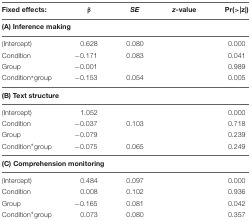
<table><thead><tr><td><b>Fixed effects:</b></td><td><b>β</b></td><td><b><i>SE</i></b></td><td><b><i>z</i>-value</b></td><td><b>Pr(&gt;|z|)</b></td></tr></thead><tbody><tr><td colspan="5"><b>(A) Inference making</b></td></tr><tr><td>(Intercept)</td><td>0.628</td><td>0.080</td><td>[EMPTY_CELL]</td><td>0.000</td></tr><tr><td>Condition</td><td>-0.171</td><td>0.083</td><td>[EMPTY_CELL]</td><td>0.041</td></tr><tr><td>Group</td><td>-0.001</td><td>[EMPTY_CELL]</td><td>[EMPTY_CELL]</td><td>0.989</td></tr><tr><td>Condition<sup>∗</sup>group</td><td>-0.153</td><td>0.054</td><td>[EMPTY_CELL]</td><td>0.005</td></tr><tr><td colspan="5"><b>(B) Text structure</b></td></tr><tr><td>(Intercept)</td><td>1.052</td><td>[EMPTY_CELL]</td><td>[EMPTY_CELL]</td><td>0.000</td></tr><tr><td>Condition</td><td>-0.037</td><td>0.103</td><td>[EMPTY_CELL]</td><td>0.718</td></tr><tr><td>Group</td><td>-0.079</td><td>[EMPTY_CELL]</td><td>[EMPTY_CELL]</td><td>0.239</td></tr><tr><td>Condition<sup>∗</sup>group</td><td>-0.075</td><td>0.065</td><td>[EMPTY_CELL]</td><td>0.249</td></tr><tr><td colspan="5"><b>(C) Comprehension monitoring</b></td></tr><tr><td>(Intercept)</td><td>0.484</td><td>0.097</td><td>[EMPTY_CELL]</td><td>0.000</td></tr><tr><td>Condition</td><td>0.008</td><td>0.102</td><td>[EMPTY_CELL]</td><td>0.936</td></tr><tr><td>Group</td><td>-0.165</td><td>0.081</td><td>[EMPTY_CELL]</td><td>0.042</td></tr><tr><td>Condition<sup>∗</sup>group</td><td>0.073</td><td>0.080</td><td>[EMPTY_CELL]</td><td>0.357</td></tr></tbody></table>